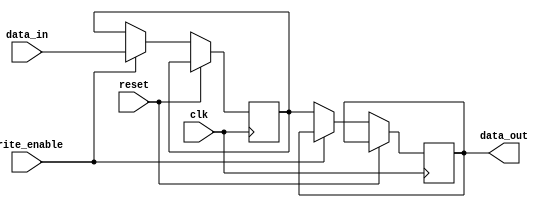
module Stack_Register_File 
(
    input wire clk,
    input wire reset,
    input wire write_enable,
    input wire [7:0] data_in,
    output reg [7:0] data_out
);

parameter BLOCK_SIZE = 8;
parameter NUM_BLOCKS = 4;

reg [7:0] memory [NUM_BLOCKS-1:0][BLOCK_SIZE-1:0];

integer i;

always @ (posedge clk or posedge reset)
begin
    if (reset)
    begin
        for (i = 0; i < NUM_BLOCKS; i = i + 1)
        begin
            memory[i] <= 'h0;
        end
    end
    else if (write_enable)
    begin
        memory[NUM_BLOCKS-1][BLOCK_SIZE-1] <= data_in;
        for (i = 0; i < NUM_BLOCKS; i = i + 1)
        begin
            memory[i] <= {memory[i-1][BLOCK_SIZE-2:0], memory[i]};
        end
    end
    else
    begin
        data_out <= memory[NUM_BLOCKS-1][BLOCK_SIZE-1];
        for (i = 0; i < NUM_BLOCKS; i = i + 1)
        begin
            memory[i] <= {memory[i+1], memory[i][0:BLOCK_SIZE-2]};
        end
    end
end

endmodule